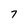
Character: 7